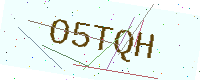
Text: O5TQH